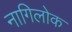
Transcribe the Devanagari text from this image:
नागिलोक